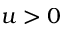
u > 0